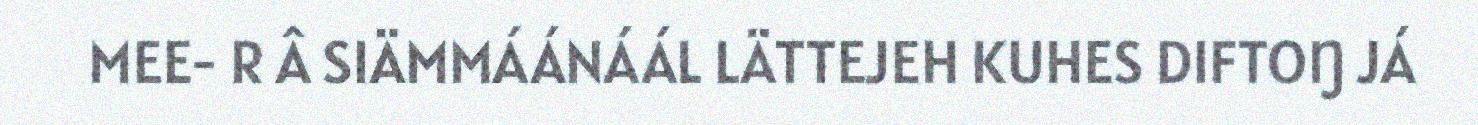
MEE- R Â SIÄMMÁÁNÁÁL LÄTTEJEH KUHES DIFTOŊ JÁ